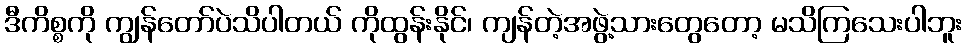
ဒီကိစ္စကို ကျွန်တော်ပဲသိပါတယ် ကိုထွန်းနိုင်၊ ကျန်တဲ့အဖွဲ့သားတွေတော့ မသိကြသေးပါဘူး